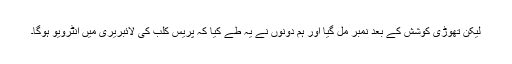
لیکن تھوڑی کوشش کے بعد نمبر مل گیا اور ہم دونوں نے یہ طے کیا کہ پریس کلب کی لائبریری میں انٹرویو ہوگا۔